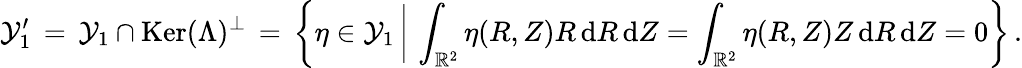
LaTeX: \mathcal{Y}_{1}^{\prime}\, =\, \mathcal{Y}_{1}\cap\mathop{\mathrm{Ker}}(\Lambda)^{\perp}\, =\, \biggl\{ \eta\in\mathcal{Y}_{1}\, \bigg|\, \int_{\mathbb{R}^{2}}\eta(R,Z)R\, \mathrm{d}R\, \mathrm{d}Z=\int_{\mathbb{R}^{2}}\eta(R,Z)Z\, \mathrm{d}R\, \mathrm{d}Z=0\biggr\} \, .